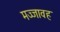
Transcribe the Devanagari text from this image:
मज्जावह